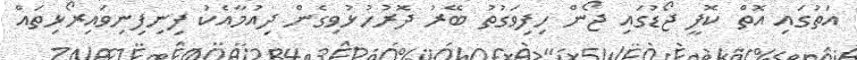
އަތުގައި އޮތް ކޮފީ ޖޯޑުގައި ޖޯން ހިފިވަގުތު ބޭރު ދޮރުހުޅުވިގެން ދިއުމާއެކު ފިނިފިނިވައިރޯޅިތައް